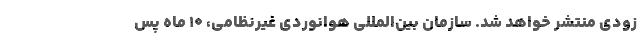
زودی منتشر خواهد شد. سازمان بین‌المللی هوانوردی غیرنظامی، 10 ماه پس